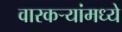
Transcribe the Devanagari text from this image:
वारकर्‍यांमध्ये